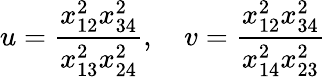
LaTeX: u=\frac{x_{12}^{2}x_{34}^{2}}{x_{13}^{2}x_{24}^{2}},\quad v=\frac{x_{12}^{2}x_{34}^{2}}{x_{14}^{2}x_{23}^{2}}